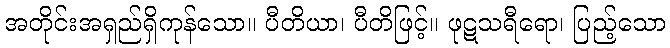
အတိုင်းအရှည်ရှိကုန်သော။ ပီတိယာ၊ ပီတိဖြင့်။ ဖုဋသရီရော၊ ပြည့်သော